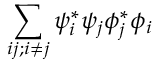
\sum _ { i j ; i \neq j } \psi _ { i } ^ { * } \psi _ { j } \phi _ { j } ^ { * } \phi _ { i }